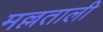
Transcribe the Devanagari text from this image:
मल्लताली